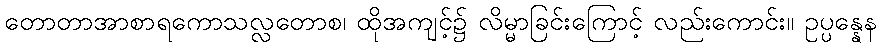
တောတာအာစာရကောသလ္လတောစ၊ ထိုအကျင့်၌ လိမ္မာခြင်းကြောင့် လည်းကောင်း။ ဥပ္ပန္နေန